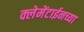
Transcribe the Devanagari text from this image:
क्लेमेंटाईनच्या